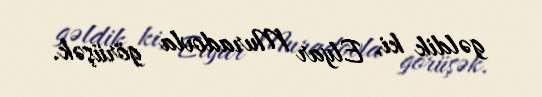
gəldik ki, Elyar Muradovla görüşək.